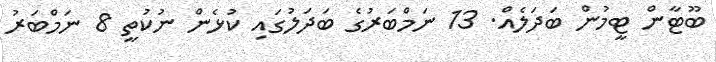
ބޫޓާން ޓީމުން ބަދަލެއް. 13 ނަމްބަރުގެ ބަދަލުގައި ކުޅެން ނުކުތީ 8 ނަމްބަރު